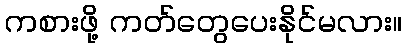
ကစားဖို့ ကတ်တွေပေးနိုင်မလား။